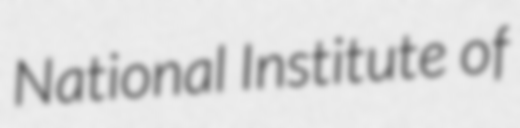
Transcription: National Institute of